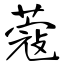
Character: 蔻